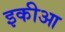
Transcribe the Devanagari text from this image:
इकीआ